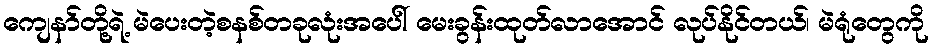
ကျေနာ်တို့ရဲ့ မဲပေးတဲ့စနစ်တခုလုံးအပေါ် မေးခွန်းထုတ်လာအောင် လုပ်နိုင်တယ်၊ မဲရုံတွေကို